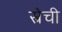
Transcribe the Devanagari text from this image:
स्त्रेची